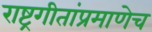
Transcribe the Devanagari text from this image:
राष्ट्रगीतांप्रमाणेच